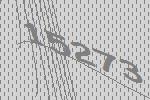
15273